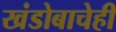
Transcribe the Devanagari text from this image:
खंडोबाचेही